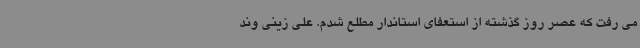
می رفت که عصر روز گذشته از استعفای استاندار مطلع شدم. علی زینی وند